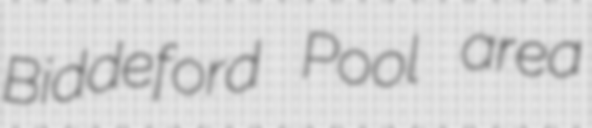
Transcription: Biddeford Pool area